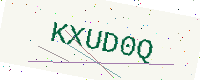
Text: KXUD0Q